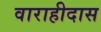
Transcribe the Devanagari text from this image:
वाराहीदास